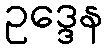
ဥဒ္ဒေန